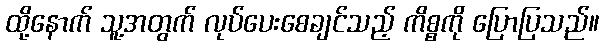
ထို့နောက် သူ့အတွက် လုပ်ပေးစေချင်သည့် ကိစ္စကို ပြောပြသည်။